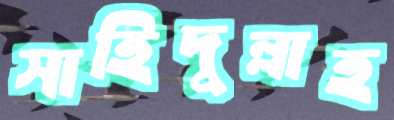
সাহিদুল্লাহ